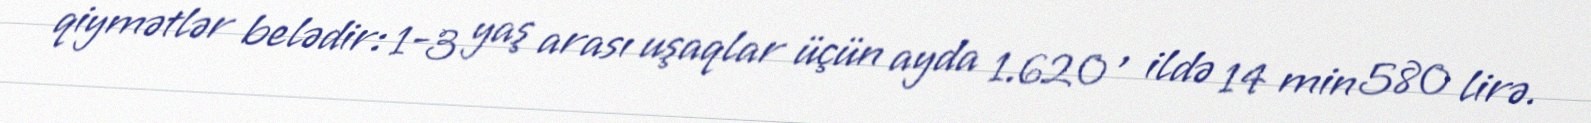
qiymətlər belədir: 1-3 yaş arası uşaqlar üçün ayda 1.620 , ildə 14 min 580 lirə.